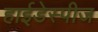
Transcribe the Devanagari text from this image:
हाईडेस्पीज